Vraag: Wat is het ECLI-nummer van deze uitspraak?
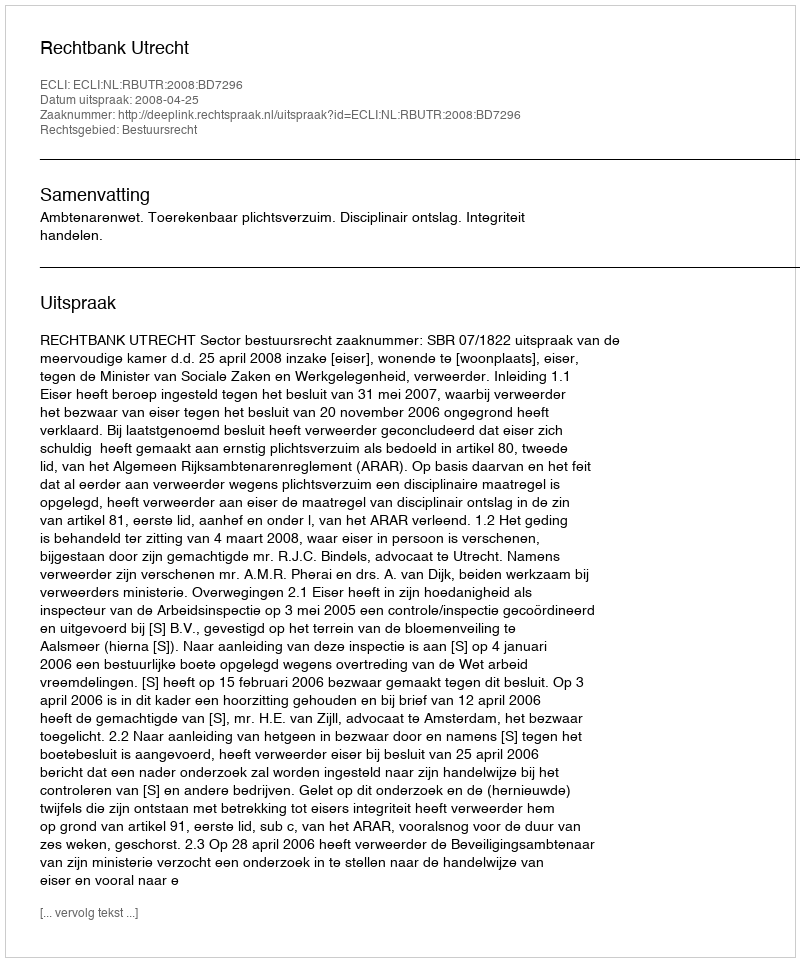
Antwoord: ECLI:NL:RBUTR:2008:BD7296